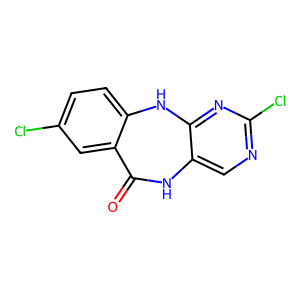
SMILES: O=C1Nc2cnc(Cl)nc2Nc2ccc(Cl)cc21
Inhibits HIV replication: Yes